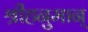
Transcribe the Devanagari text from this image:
श्रीहनुमान्